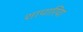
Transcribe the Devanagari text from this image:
शापारिया